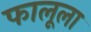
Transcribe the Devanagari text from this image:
फालूला